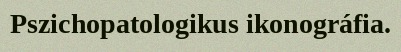
Pszichopatologikus ikonográfia.